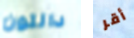
دالتون أقر